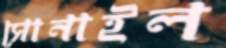
সোনাইল